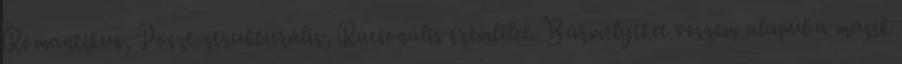
Romantikus, Poszt-strukturális, Racionális szemlélet. Bármelyiket veszem alapul a másik